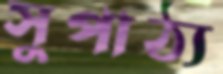
সুপাঠ্য